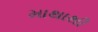
માથાથી